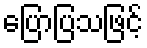
ပြောပြသဖြင့်